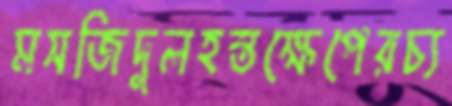
মসজিদুলহস্তক্ষেপেরচ্য